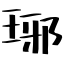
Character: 琊